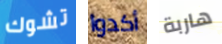
تشوك أكدوا هاربة